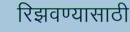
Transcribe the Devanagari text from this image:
रिझवण्यासाठी